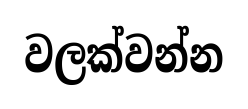
වලක්වන්න